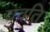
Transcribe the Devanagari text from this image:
युवति